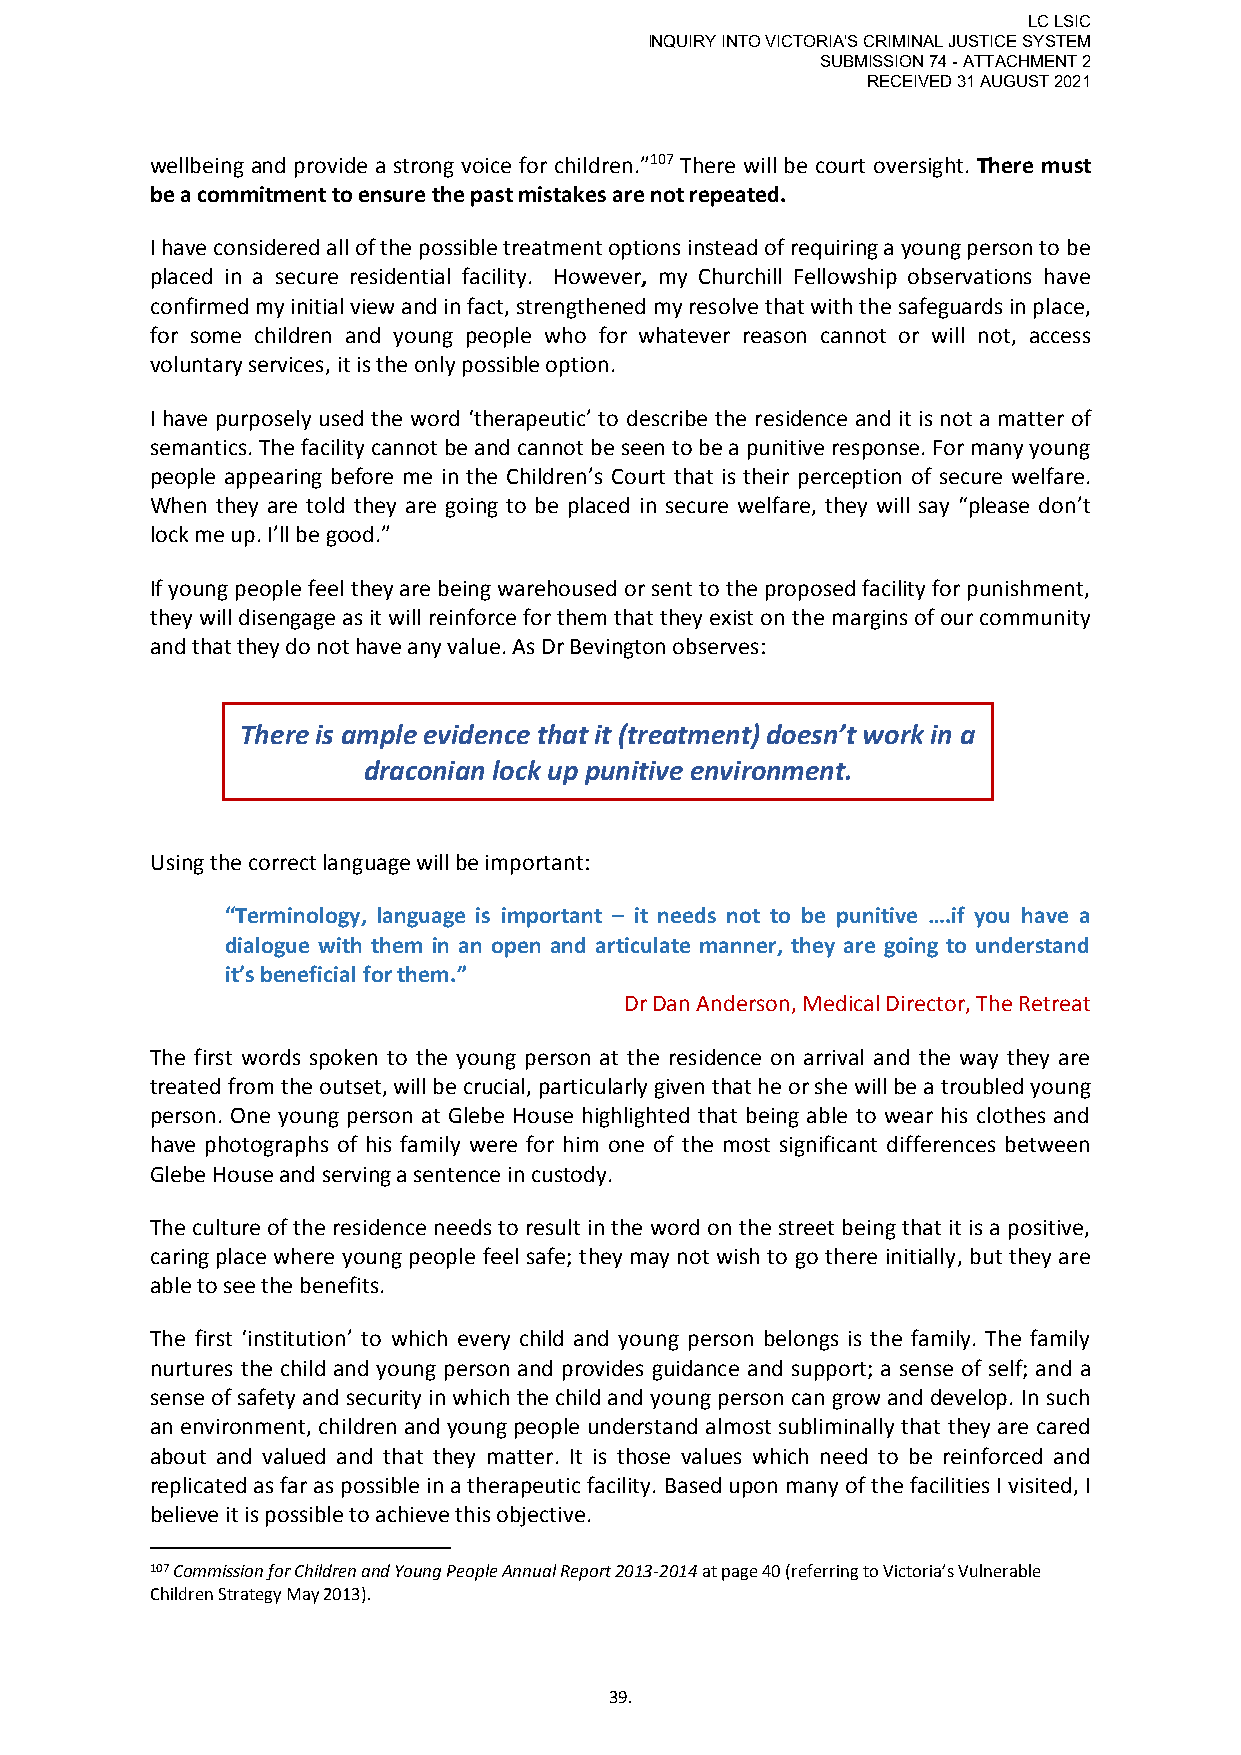
LC LSIC
 INQUIRY INTO VICTORIA'S CRIMINAL JUSTICE SYSTEM
 SUBMISSION 74 - ATTACHMENT 2
 RECEIVED 31 AUGUST 2021
 wellbeing and provide a strong voice for children.”107 There will be court oversight. There must
 be a commitment to ensure the past mistakes are not repeated.
 I have considered all of the possible treatment options instead of requiring a young person to be
 placed in a secure residential facility. However, my Churchill Fellowship observations have
 confirmed my initial view and in fact, strengthened my resolve that with the safeguards in place,
 for some children and young people who for whatever reason cannot or will not, access
 voluntary services, it is the only possible option.
 I have purposely used the word ‘therapeutic’ to describe the residence and it is not a matter of
 semantics. The facility cannot be and cannot be seen to be a punitive response. For many young
 people appearing before me in the Children’s Court that is their perception of secure welfare.
 When they are told they are going to be placed in secure welfare, they will say “please don’t
 lock me up. I’ll be good.”
 If young people feel they are being warehoused or sent to the proposed facility for punishment,
 they will disengage as it will reinforce for them that they exist on the margins of our community
 and that they do not have any value. As Dr Bevington observes:
 There is ample evidence that it (treatment) doesn’t work in a
 draconian lock up punitive environment.
 Using the correct language will be important:
 “Terminology, language is important – it needs not to be punitive ….if you have a
 dialogue with them in an open and articulate manner, they are going to understand
 it’s beneficial for them.”
 Dr Dan Anderson, Medical Director, The Retreat
 The first words spoken to the young person at the residence on arrival and the way they are
 treated from the outset, will be crucial, particularly given that he or she will be a troubled young
 person. One young person at Glebe House highlighted that being able to wear his clothes and
 have photographs of his family were for him one of the most significant differences between
 Glebe House and serving a sentence in custody.
 The culture of the residence needs to result in the word on the street being that it is a positive,
 caring place where young people feel safe; they may not wish to go there initially, but they are
 able to see the benefits.
 The first ‘institution’ to which every child and young person belongs is the family. The family
 nurtures the child and young person and provides guidance and support; a sense of self; and a
 sense of safety and security in which the child and young person can grow and develop. In such
 an environment, children and young people understand almost subliminally that they are cared
 about and valued and that they matter. It is those values which need to be reinforced and
 replicated as far as possible in a therapeutic facility. Based upon many of the facilities I visited, I
 believe it is possible to achieve this objective.
 107 Commission for Children and Young People Annual Report 2013-2014 at page 40 (referring to Victoria’s Vulnerable
 Children Strategy May 2013).
 39.